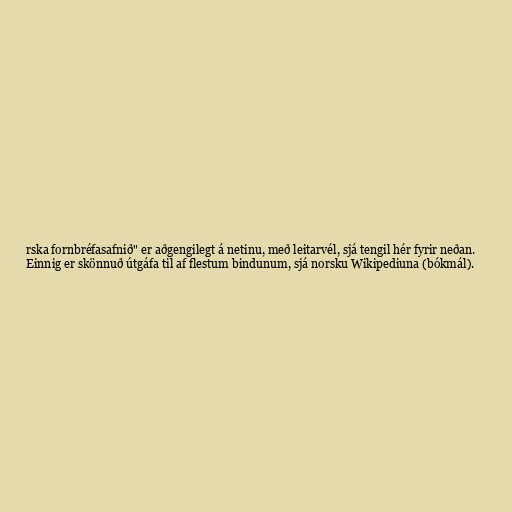
rska fornbréfasafnið" er aðgengilegt á netinu, með leitarvél, sjá tengil hér fyrir neðan.
Einnig er skönnuð útgáfa til af flestum bindunum, sjá norsku Wikipediuna (bókmál).